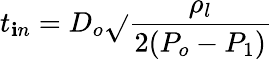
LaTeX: t_{\mathbf{i}n}=D_{o}\sqrt{}{{\frac{{\rho_{l}}}{{2(P_{o}-P_{1})}}}}